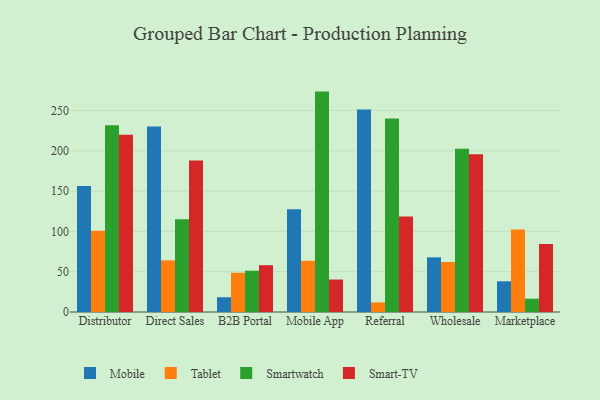
{"axis": {"x": "Channel", "y": "Latency (ms)"}, "legend": ["Mobile", "Smart-TV", "Smartwatch", "Tablet"], "data": [{"x": "Distributor", "y": 156.4, "type": "Mobile"}, {"x": "Distributor", "y": 100.7, "type": "Tablet"}, {"x": "Distributor", "y": 231.6, "type": "Smartwatch"}, {"x": "Distributor", "y": 219.8, "type": "Smart-TV"}, {"x": "Direct Sales", "y": 230.1, "type": "Mobile"}, {"x": "Direct Sales", "y": 64.0, "type": "Tablet"}, {"x": "Direct Sales", "y": 114.9, "type": "Smartwatch"}, {"x": "Direct Sales", "y": 188.0, "type": "Smart-TV"}, {"x": "B2B Portal", "y": 18.3, "type": "Mobile"}, {"x": "B2B Portal", "y": 48.7, "type": "Tablet"}, {"x": "B2B Portal", "y": 51.2, "type": "Smartwatch"}, {"x": "B2B Portal", "y": 58.1, "type": "Smart-TV"}, {"x": "Mobile App", "y": 127.6, "type": "Mobile"}, {"x": "Mobile App", "y": 63.5, "type": "Tablet"}, {"x": "Mobile App", "y": 273.4, "type": "Smartwatch"}, {"x": "Mobile App", "y": 40.3, "type": "Smart-TV"}, {"x": "Referral", "y": 251.3, "type": "Mobile"}, {"x": "Referral", "y": 11.9, "type": "Tablet"}, {"x": "Referral", "y": 239.9, "type": "Smartwatch"}, {"x": "Referral", "y": 118.4, "type": "Smart-TV"}, {"x": "Wholesale", "y": 67.8, "type": "Mobile"}, {"x": "Wholesale", "y": 62.0, "type": "Tablet"}, {"x": "Wholesale", "y": 202.6, "type": "Smartwatch"}, {"x": "Wholesale", "y": 195.7, "type": "Smart-TV"}, {"x": "Marketplace", "y": 38.1, "type": "Mobile"}, {"x": "Marketplace", "y": 102.3, "type": "Tablet"}, {"x": "Marketplace", "y": 16.5, "type": "Smartwatch"}, {"x": "Marketplace", "y": 84.5, "type": "Smart-TV"}]}